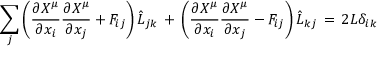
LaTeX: \sum _ { j } \left( \frac { \partial X ^ { \mu } } { \partial x _ { i } } \frac { \partial X ^ { \mu } } { \partial x _ { j } } + F _ { i j } \right) \hat { L } _ { j k } \, + \, \left( \frac { \partial X ^ { \mu } } { \partial x _ { i } } \frac { \partial X ^ { \mu } } { \partial x _ { j } } - F _ { i j } \right) \hat { L } _ { k j } \, = \, 2 L \delta _ { i k }